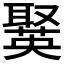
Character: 𦗘